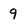
Character: 9